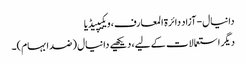
دانیال - آزاد دائرۃ المعارف، ویکیپیڈیا
دیگر استعمالات کے لیے، دیکھیے دانیال (ضد ابہام)۔